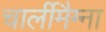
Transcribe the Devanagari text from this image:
चार्लीमैग्ना